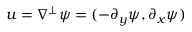
u = \nabla ^ { \perp } \psi = ( - \partial _ { y } \psi , \partial _ { x } \psi )